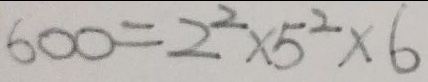
6 0 0 = 2 ^ { 2 } \times 5 ^ { 2 } \times 6